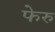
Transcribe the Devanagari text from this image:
फेरु